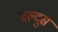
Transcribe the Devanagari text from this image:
बल्दुस